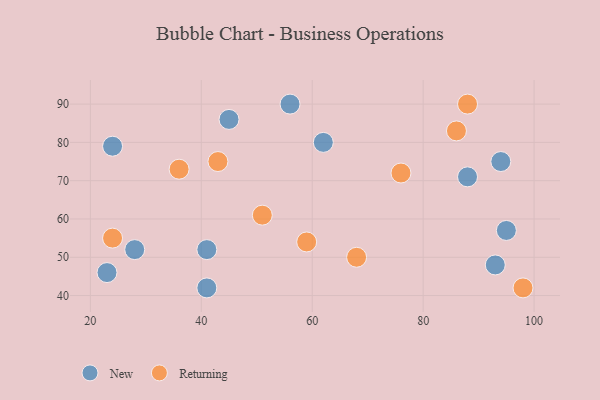
{"axis": {"x": "GDP", "y": "Life Expectancy"}, "legend": ["New", "Returning"], "data": [{"x": "41", "y": 42, "type": "New"}, {"x": "88", "y": 71, "type": "New"}, {"x": "56", "y": 90, "type": "New"}, {"x": "62", "y": 80, "type": "New"}, {"x": "45", "y": 86, "type": "New"}, {"x": "93", "y": 48, "type": "New"}, {"x": "94", "y": 75, "type": "New"}, {"x": "41", "y": 52, "type": "New"}, {"x": "28", "y": 52, "type": "New"}, {"x": "95", "y": 57, "type": "New"}, {"x": "24", "y": 79, "type": "New"}, {"x": "23", "y": 46, "type": "New"}, {"x": "59", "y": 54, "type": "Returning"}, {"x": "76", "y": 72, "type": "Returning"}, {"x": "51", "y": 61, "type": "Returning"}, {"x": "86", "y": 83, "type": "Returning"}, {"x": "68", "y": 50, "type": "Returning"}, {"x": "43", "y": 75, "type": "Returning"}, {"x": "98", "y": 42, "type": "Returning"}, {"x": "24", "y": 55, "type": "Returning"}, {"x": "36", "y": 73, "type": "Returning"}, {"x": "88", "y": 90, "type": "Returning"}]}